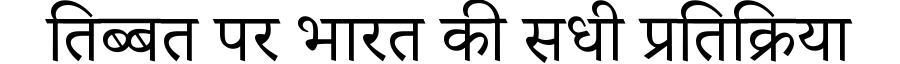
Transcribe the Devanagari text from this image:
तिब्बत पर भारत की सधी प्रतिक्रिया